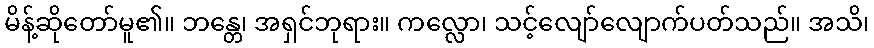
မိန့်ဆိုတော်မူ၏။ ဘန္တေ၊ အရှင်ဘုရား။ ကလ္လော၊ သင့်လျော်လျောက်ပတ်သည်။ အသိ၊